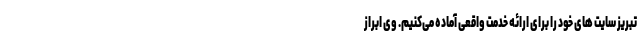
تبریز سایت های خود را برای ارائه خدمت واقعی آماده می‌کنیم. وی ابراز